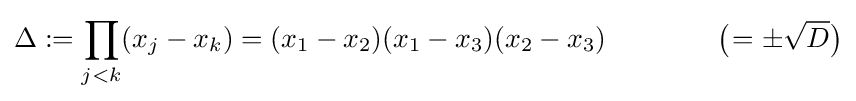
\Delta :=\prod _{j<k}(x_{j}-x_{k})=(x_{1}-x_{2})(x_{1}-x_{3})(x_{2}-x_{3})\qquad \qquad {\bigl (}\!=\pm {\sqrt {D}}{\bigr )}